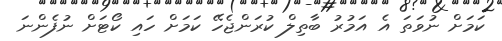
ކަމަށް ނުވަތަ އެ އަމުރު ބާތިލް ކުރަންޖެހޭ ކަމަށް ހައި ކޯޓަށް ނުފެންނަ